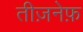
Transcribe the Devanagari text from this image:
तीज़नेफ़